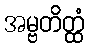
အမ္ဗတိတ္ထံ